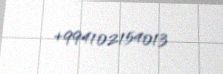
+994102154013